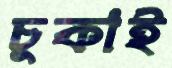
চুকাই